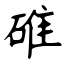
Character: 碓